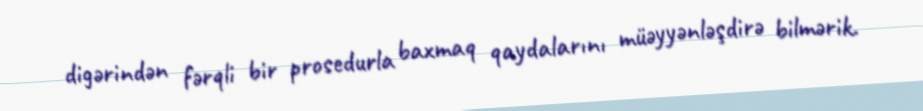
digərindən fərqli bir prosedurla baxmaq qaydalarını müəyyənləşdirə bilmərik.